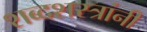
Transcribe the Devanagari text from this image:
शब्दशस्त्रांनी